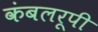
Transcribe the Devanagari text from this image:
कंबलरूपी